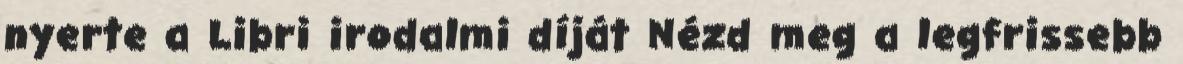
nyerte a Libri irodalmi díját Nézd meg a legfrissebb